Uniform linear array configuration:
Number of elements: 64
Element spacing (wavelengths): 0.5
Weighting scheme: exponential
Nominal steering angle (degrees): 30
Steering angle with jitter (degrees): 30.199
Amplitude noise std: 0.05
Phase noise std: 0.05

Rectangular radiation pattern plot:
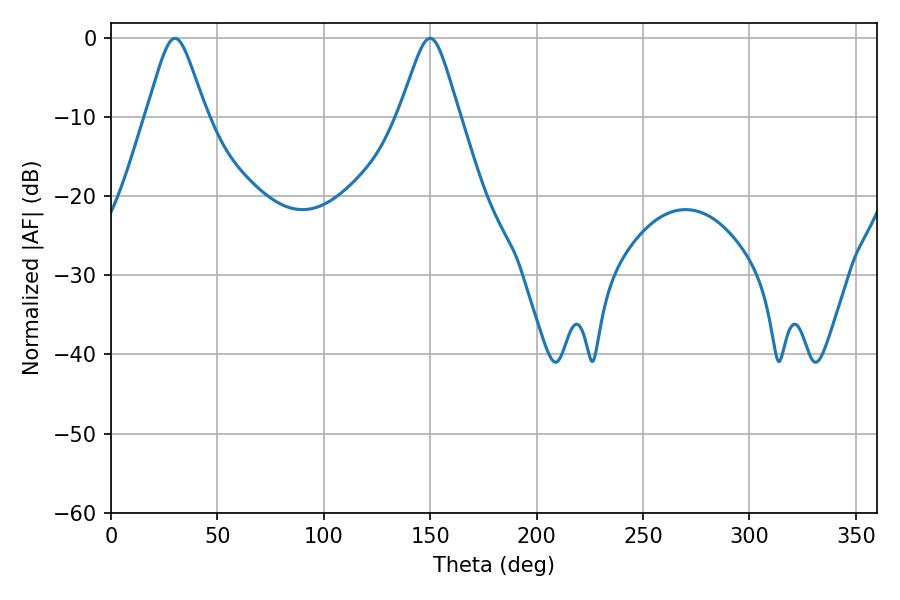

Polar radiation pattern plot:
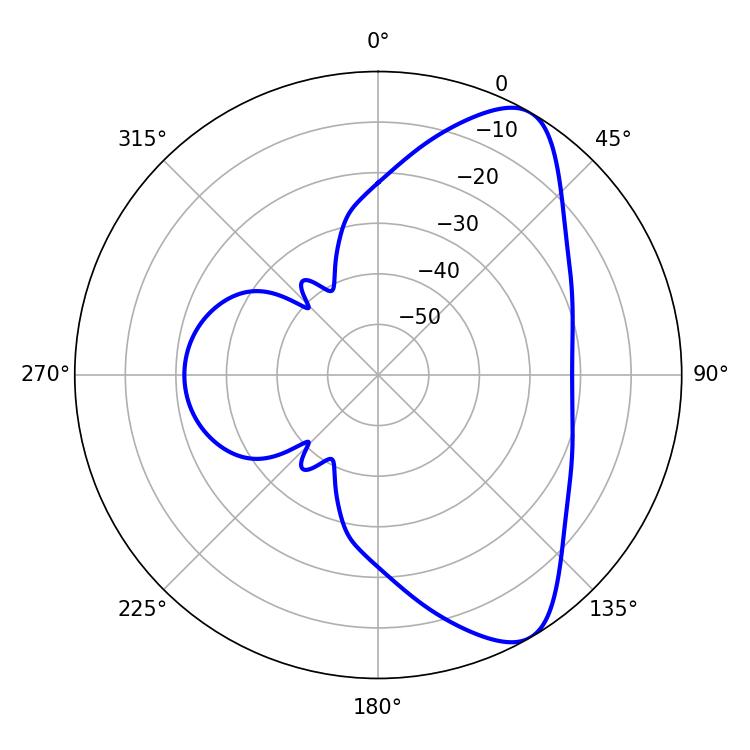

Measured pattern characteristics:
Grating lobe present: FALSE
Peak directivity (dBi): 8.306
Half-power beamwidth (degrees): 13.32
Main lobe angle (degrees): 30.06